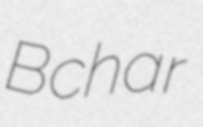
Bchar